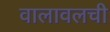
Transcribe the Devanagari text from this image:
वालावलची